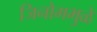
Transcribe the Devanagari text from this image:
जिनोममुळे